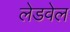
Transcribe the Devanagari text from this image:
लेडवेल